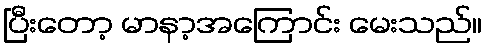
ပြီးတော့ မာနာ့အကြောင်း မေးသည်။